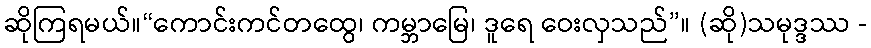
ဆိုကြရမယ်။“ကောင်းကင်တထွေ၊ ကမ္ဘာမြေ၊ ဒူရေ ဝေးလှသည်”။ (ဆို)သမုဒ္ဒဿ -